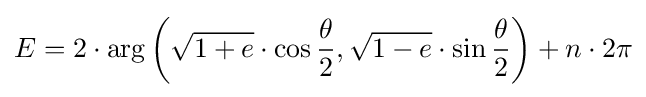
E=2\cdot \arg \left({\sqrt {1+e}}\cdot \cos {\frac {\theta }{2}},{\sqrt {1-e}}\cdot \sin {\frac {\theta }{2}}\right)+n\cdot 2\pi